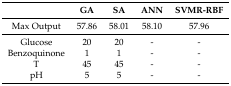
<table><thead><tr><td></td><td><b>GA</b></td><td><b>SA</b></td><td><b>ANN</b></td><td><b>SVMR-RBF</b></td></tr></thead><tbody><tr><td>Max Output</td><td>57.86</td><td>58.01</td><td>58.10</td><td>57.96</td></tr><tr><td>Glucose</td><td>20</td><td>20</td><td>-</td><td>-</td></tr><tr><td>Benzoquinone</td><td>1</td><td>1</td><td>-</td><td>-</td></tr><tr><td>T</td><td>45</td><td>45</td><td>-</td><td>-</td></tr><tr><td>pH</td><td>5</td><td>5</td><td>-</td><td>-</td></tr></tbody></table>